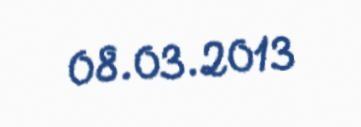
08.03.2013